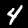
Digit: 4